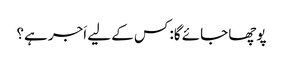
پوچھا جائے گا: کس کے لیے اَجر ہے؟